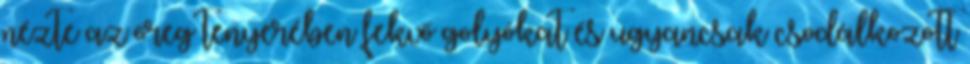
nézte az öreg tenyerében fekvő golyókat és ugyancsak csodálkozott